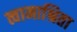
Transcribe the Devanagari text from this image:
त्वामाश्रिता